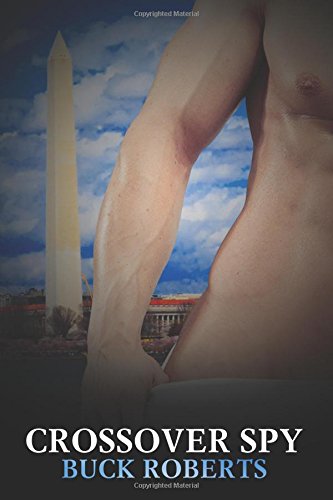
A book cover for Crossover Spy; Buck Roberts; Gay & Lesbian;